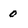
Character: 0